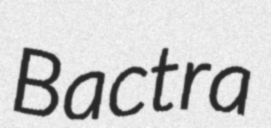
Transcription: Bactra